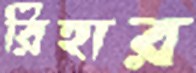
রিহার